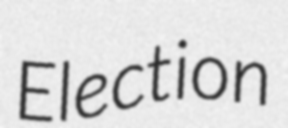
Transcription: Election